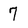
Character: 7